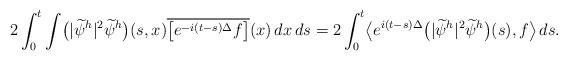
LaTeX: \begin{align*}2\int_0^{t} \int \bigl(|\widetilde\psi^h|^2\widetilde\psi^h\bigr)(s,x) \overline{\bigl[e^{-i(t-s)\Delta} f\bigr]}(x)\, dx\, ds =2\int_0^{t} \bigl\langle e^{i(t-s)\Delta}\bigl(|\widetilde\psi^h|^2\widetilde\psi^h\bigr)(s), f\bigr\rangle \, ds.\end{align*}